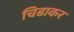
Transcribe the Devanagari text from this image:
चिढाकर